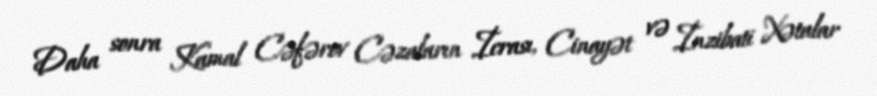
Daha sonra Kamal Cəfərov Cəzaların İcrası, Cinayət və İnzibati Xətalar